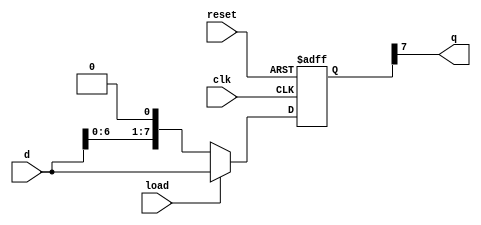
module PISO_shift_reg(
  input clk,
  input reset,
  input load,//parallel input 
  input  [7:0]d,
  output q);
  
  reg [7:0] shift_right;
  
  always@(posedge clk,posedge reset)
    begin
      if(reset)
        shift_right<=8'h0;
      else if(load)
        shift_right<=d;
      else
        shift_right<={d[6:0],1'b0};
    end
  
  assign q= shift_right[7];
endmodule